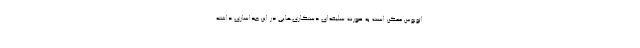
اتوبوس ممکن است به صورت سلیقه‌ای دستکاری‌هایی در این جداسازی داشته